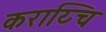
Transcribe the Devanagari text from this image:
कराय्चि